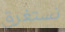
نستغرق